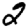
Digit: 2